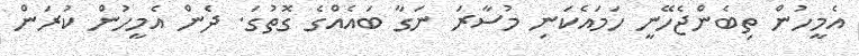
އެމީހުން ތިބެންޖެހޭނީ ހަމައެކަނި މުސާރަ ނަގާ ބައެއްގެ ގޮތުގަ. ދެން އެމީހުން ކުރަން